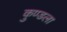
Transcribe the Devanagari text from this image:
कुण्डला